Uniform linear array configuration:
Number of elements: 12
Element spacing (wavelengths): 0.5
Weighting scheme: blackman
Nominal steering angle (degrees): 0
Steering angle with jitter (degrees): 0.06515
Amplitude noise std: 0.05
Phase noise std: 0.05

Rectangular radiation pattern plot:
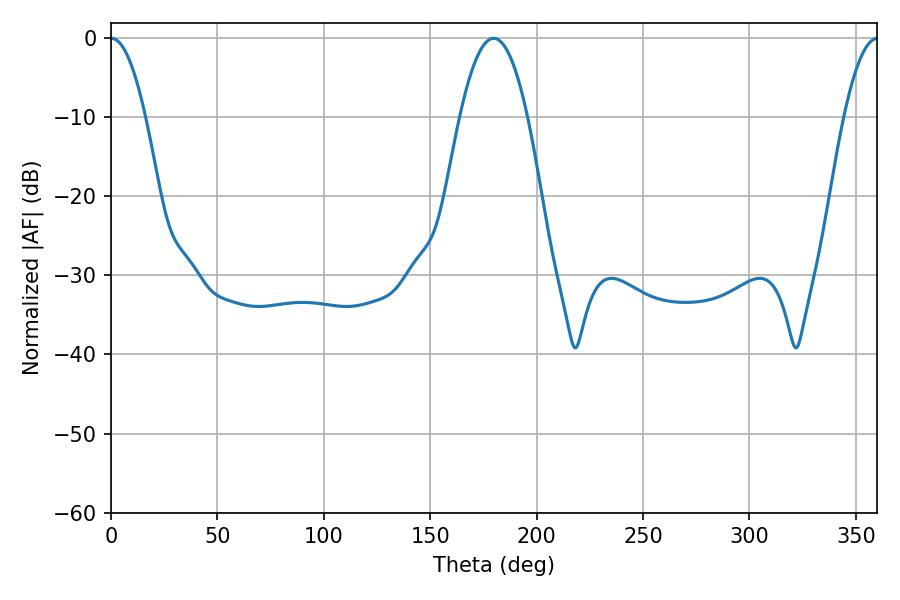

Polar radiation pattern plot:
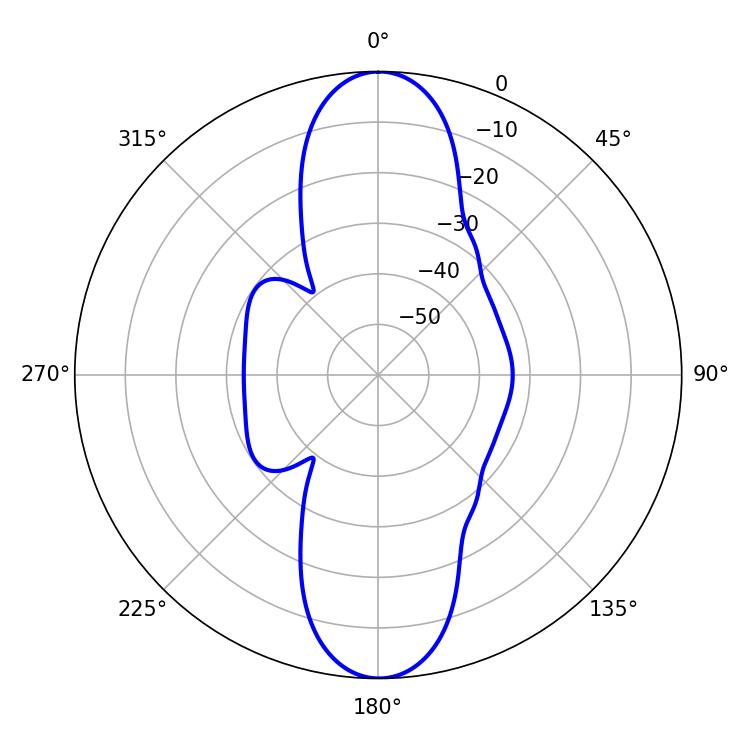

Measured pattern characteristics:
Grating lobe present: FALSE
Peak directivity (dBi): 28.23
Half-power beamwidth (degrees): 9
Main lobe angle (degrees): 0.18